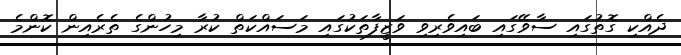
ދެއްކި ގޮތުގައި ސާވޭގައި ބައިވެރިވި ވަޒީފާތަކުގައި މަސައްކަތް ކުރާ މިހުންގެ ތެރެއިން ކޮންމެ